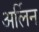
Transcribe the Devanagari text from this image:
अर्लिन